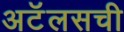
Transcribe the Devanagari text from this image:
अटॅलसची